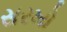
સરખો